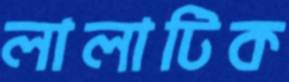
লালাটিক